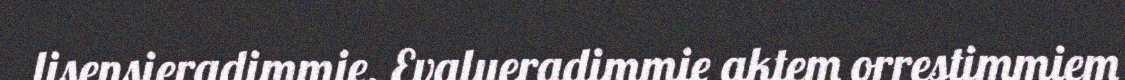
lisensieradimmie. Evalueradimmie aktem orrestimmiem